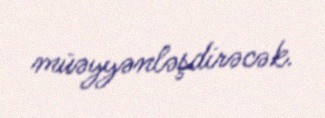
müəyyənləşdirəcək.